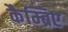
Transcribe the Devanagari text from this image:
कैम्ब्रिए